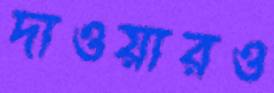
দাওয়ারও